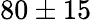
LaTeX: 80\pm 15